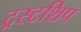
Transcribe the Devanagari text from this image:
ट्रस्टशिप